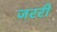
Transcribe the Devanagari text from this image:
जररी